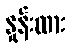
နှုန်းထား